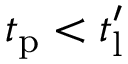
t _ { \mathrm { p } } < t _ { \mathrm { l } } ^ { \prime }